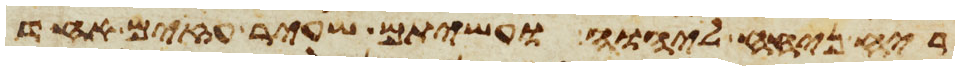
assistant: ריח ניחח ליהוה ועשיתם שעיר עזים אחד